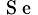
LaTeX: _\mathrm{~S~e~}